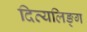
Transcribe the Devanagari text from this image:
दिव्यलिङ्ग